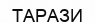
ТАРАЗИ